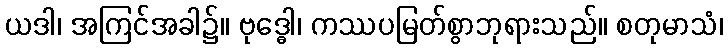
ယဒါ၊ အကြင်အခါ၌။ ဗုဒ္ဓေါ၊ ကဿပမြတ်စွာဘုရားသည်။ စတုမာသံ၊